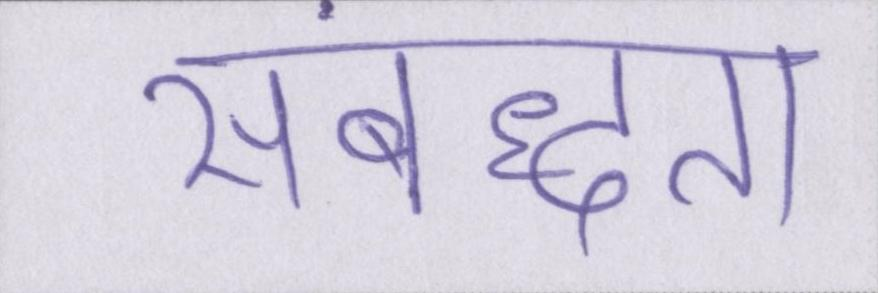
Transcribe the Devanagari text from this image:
संबद्धता